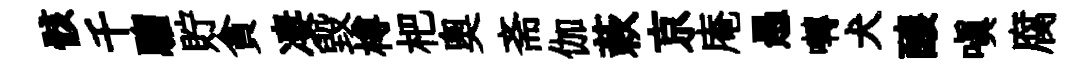
骸千騮貯貪凄毁樽杷奥斋伽蔌京庵愚囀犬醸嗔腐